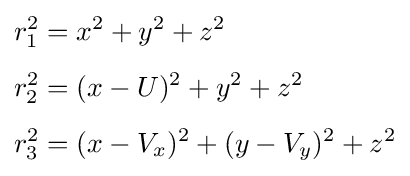
{\begin{aligned}r_{1}^{2}&=x^{2}+y^{2}+z^{2}\\[4pt]r_{2}^{2}&=(x-U)^{2}+y^{2}+z^{2}\\[4pt]r_{3}^{2}&=(x-V_{x})^{2}+(y-V_{y})^{2}+z^{2}\end{aligned}}